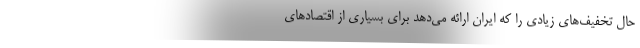
حال تخفیف‌های زیادی را که ایران ارائه می‌دهد برای بسیاری از اقتصادهای